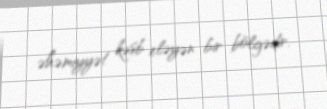
əhəmiyyət kəsb eləyən bir bölgədir.